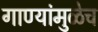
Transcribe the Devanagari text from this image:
गाण्यांमुळेच